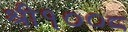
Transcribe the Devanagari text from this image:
श्री१००८